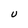
Character: U